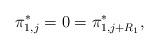
LaTeX: \begin{align*}\pi_{1,j}^*=0=\pi_{1,j+R_1}^*,\end{align*}